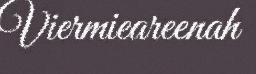
Viermieareenah